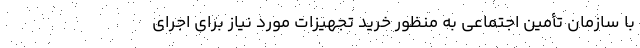
با سازمان تأمین اجتماعی به منظور خرید تجهیزات مورد نیاز برای اجرای